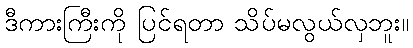
ဒီကားကြီးကို ပြင်ရတာ သိပ်မလွယ်လှဘူး။